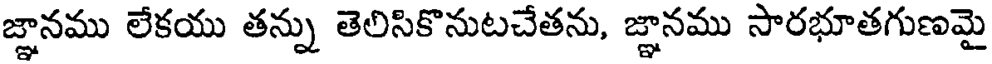
జ్ఞానము లేకయు తన్ను తెలిసికొనుటచేతను, జ్ఞానము సారభూతగుణమై